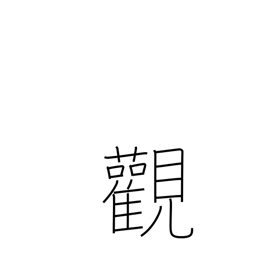
Meaning: outlook